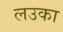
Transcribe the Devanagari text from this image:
लउका